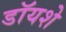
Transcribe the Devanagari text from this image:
डॉयशे